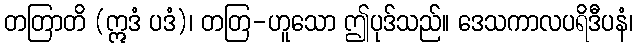
တတြာတိ (ဣဒံ ပဒံ)၊ တတြ-ဟူသော ဤပုဒ်သည်။ ဒေသကာလပရိဒီပနံ၊